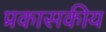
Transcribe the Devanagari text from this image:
प्रकासकीय